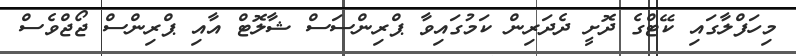
މިހަފްލާގައި ކޭޓްގެ ދޮށީ ދެދަރިން ކަމުގައިވާ ޕްރިންސަސް ޝާލޮޓް އާއި ޕްރިންސް ޖޯޖްވެސް